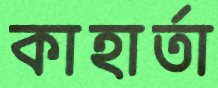
কাহার্তা